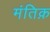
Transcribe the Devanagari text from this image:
मंतिक़